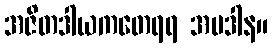
အဇိတဒါယကတေရရ အပဒါန။